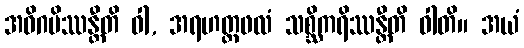
အဓိဂမိဿန္တီတိ ဝါ, အရဟတ္တဖလံ သစ္ဆိကရိဿန္တီတိ ဝါတိ။ အယံ